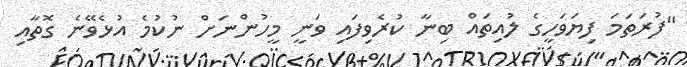
"ފުރަތަމަ ފިޔަވަހީގެ ލުއިތައް ބިނާ ކުރެވިފައި ވަނީ މީހުންނަށް ނުކުމެ އުޅެވޭނެ ގޮތާއި